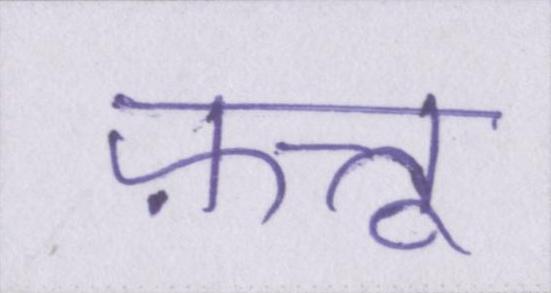
फ़त्तू